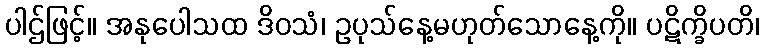
ပါဌ်ဖြင့်။ အနုပေါသထ ဒိဝသံ၊ ဥပုသ်နေ့မဟုတ်သောနေ့ကို။ ပဋိက္ခိပတိ၊